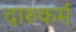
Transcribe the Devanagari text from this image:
दारुकर्म